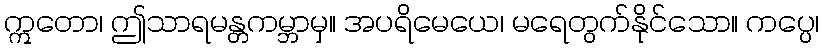
ဣတော၊ ဤသာရမန္တကမ္ဘာမှ။ အပရိမေယေ၊ မရေတွက်နိုင်သော။ ကပ္ပေ၊